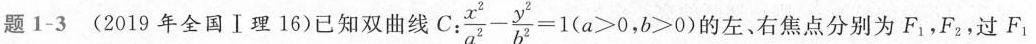
题1-3 (2019年全国Ⅰ理16)已知双曲线C：$$\frac { x ^ { 2 } } { a ^ { 2 } } - \frac { y ^ { 2 } } { b ^ { 2 } } = 1$$($$a > 0$$，$$b > 0$$)的左、右焦点分别为F_{1}，F_{2}，过F_{1}